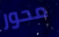
محور